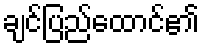
ချင်ပြည်ထောင်၏